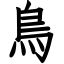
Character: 鳥